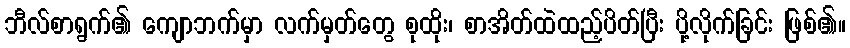
ဘီလ်စာရွက်၏ ကျောဘက်မှာ လက်မှတ်တွေ စုထိုး၊ စာအိတ်ထဲထည့်ပိတ်ပြီး ပို့လိုက်ခြင်း ဖြစ်၏။